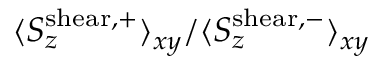
\langle S _ { z } ^ { \mathrm { s h e a r , + } } \rangle _ { x y } / \langle S _ { z } ^ { \mathrm { s h e a r , - } } \rangle _ { x y }